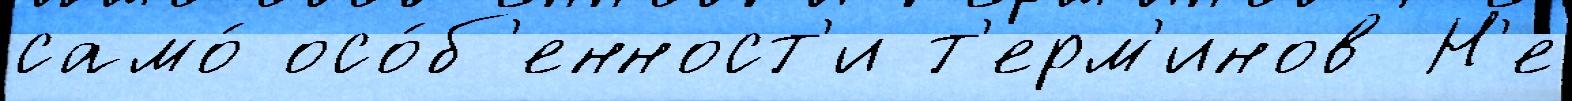
само́ осо́б'енност'и т'ерм'инов Н'е